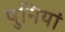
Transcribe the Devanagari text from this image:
पुनियां